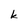
Character: k